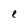
Character: e